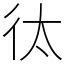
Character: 㣖